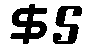
$5